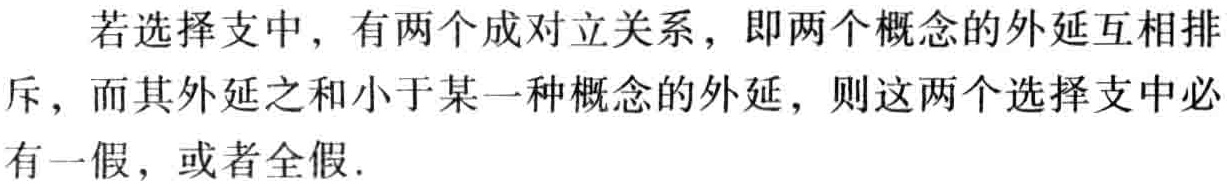
若选择支中，有两个成对立关系，即两个概念的外延互相排斥，而其外延之和小于某一种概念的外延，则这两个选择支中必有一假，或者全假.